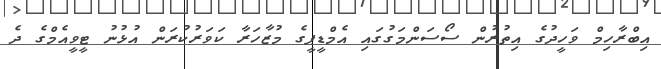
އިބްރާހިމް ވަހީދުގެ އިތުރުން ސޯސަންމަގުގައި އެމްޑީޕީގެ މުޒާހަރާ ކަވަރުކުރަން އުޅުނު ޓީވީއެމްގެ ދެ